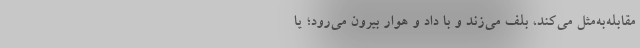
مقابله‌به‌مثل می‌کند، بلف می‌زند و با داد و هوار بیرون می‌رود؛ یا